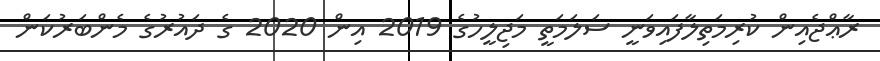
ރާޢްޖެއިން ކުރިމަތިލާފައިވަނީ ސަލަމަތީ މަޖިލީހުގެ 2019 އިން 2020 ގެ ދައުރުގެ މެންބަރުކަން